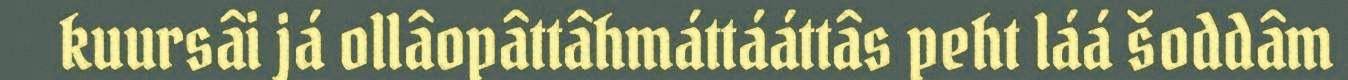
kuursâi já ollâopâttâhmáttááttâs peht láá šoddâm